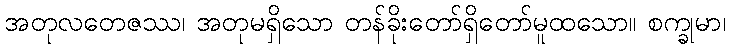
အတုလတေဇဿ၊ အတုမရှိသော တန်ခိုးတော်ရှိတော်မူထသော။ စက္ခုမာ၊